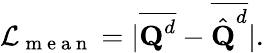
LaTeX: \mathcal{L}_{\mathrm{~m~e~a~n~}}=|\overline{{\textbf{Q}^{d}}}-\overline{{\hat{\textbf{Q}}^{d}}}|.